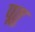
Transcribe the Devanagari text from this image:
पूतु